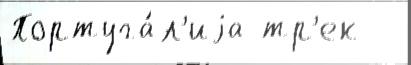
Португа́л'иjа тр'ек  -